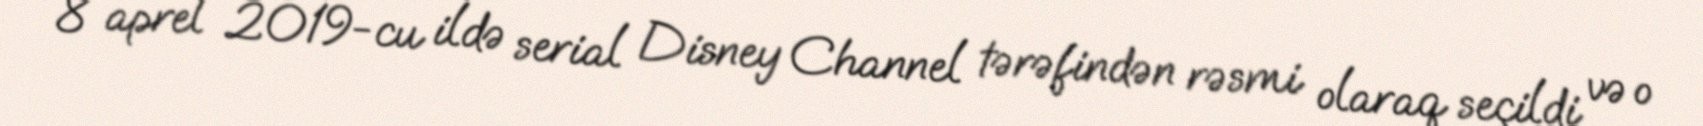
8 aprel 2019-cu ildə serial Disney Channel tərəfindən rəsmi olaraq seçildi və o